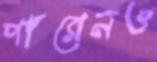
পারেনও